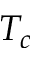
T _ { c }